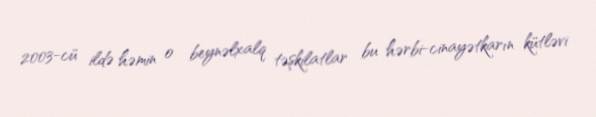
2003-cü ildə həmin o beynəlxalq təşkilatlar bu hərbi-cinayətkarın kütləvi